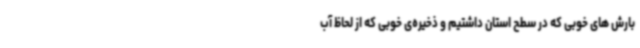
بارش های خوبی که در سطح استان داشتیم و ذخیره‌ی خوبی که از لحاظ آب